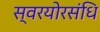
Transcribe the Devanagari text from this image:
स्वरयोरसंधि